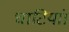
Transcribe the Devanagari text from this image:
घाटियां।